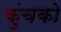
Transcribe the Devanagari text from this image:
कुंचको